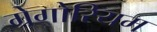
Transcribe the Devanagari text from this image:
ग्रेगोरियम